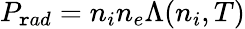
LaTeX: P_{\mathtt{r}ad}=n_{i}n_{e}\Lambda(n_{i},T)